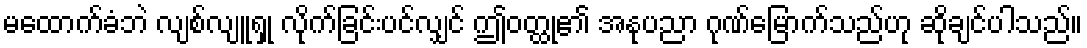
မထောက်ခံဘဲ လျစ်လျူရှု လိုက်ခြင်းပင်လျှင် ဤဝတ္ထု၏ အနုပညာ ဂုဏ်မြောက်သည်ဟု ဆိုချင်ပါသည်။